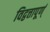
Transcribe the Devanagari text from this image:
विद्वत्तापूर्ण्‌